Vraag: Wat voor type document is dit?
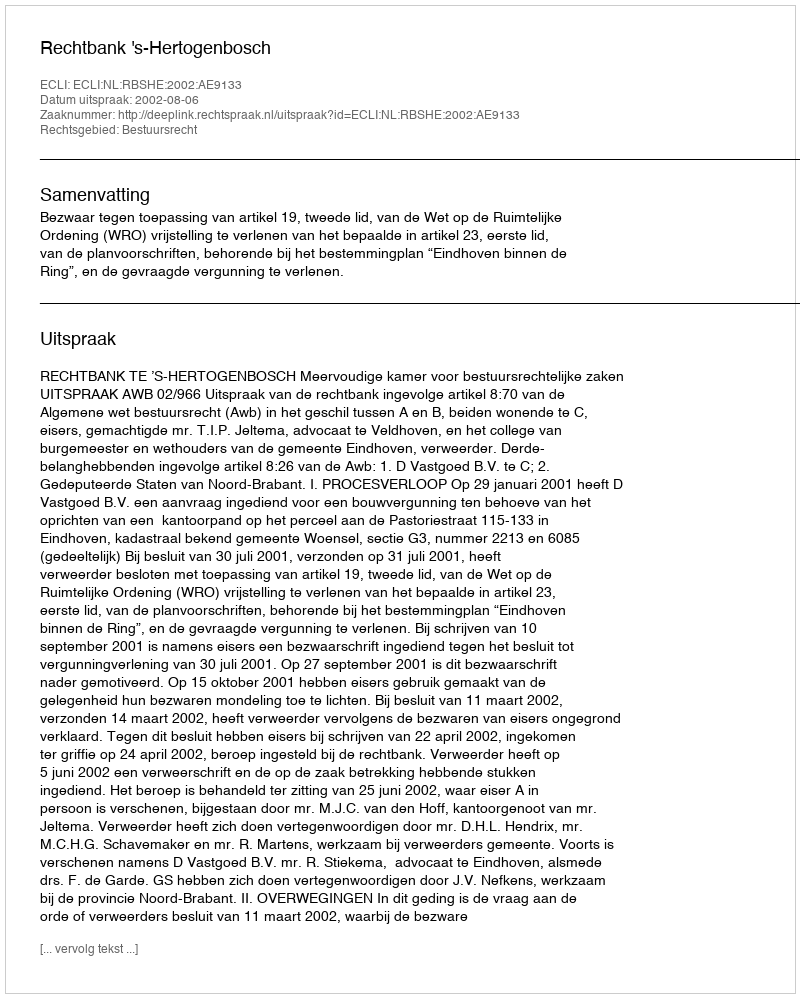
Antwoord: Uitspraak